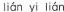
lìán yi lián